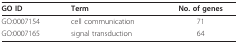
<table><thead><tr><td><b>GO ID</b></td><td><b>Term</b></td><td><b>No. of genes</b></td></tr></thead><tbody><tr><td>GO:0007154</td><td>cell communication</td><td>71</td></tr><tr><td>GO:0007165</td><td>signal transduction</td><td>64</td></tr></tbody></table>